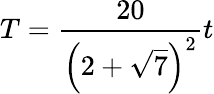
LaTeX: T={\frac{20}{\left(2+\sqrt{7}\right)^{2}}}t